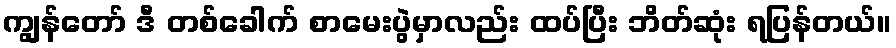
ကျွန်တော် ဒီ တစ်ခေါက် စာမေးပွဲမှာလည်း ထပ်ပြီး ဘိတ်ဆုံး ရပြန်တယ်။